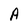
Character: A